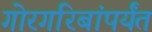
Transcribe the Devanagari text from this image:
गोरगरिबांपर्यंत